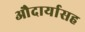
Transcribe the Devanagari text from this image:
औदार्यासह